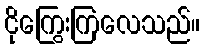
ငိုကြွေးကြလေသည်။